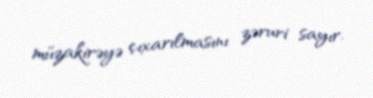
müzakirəyə çıxarılmasını zəruri sayır.